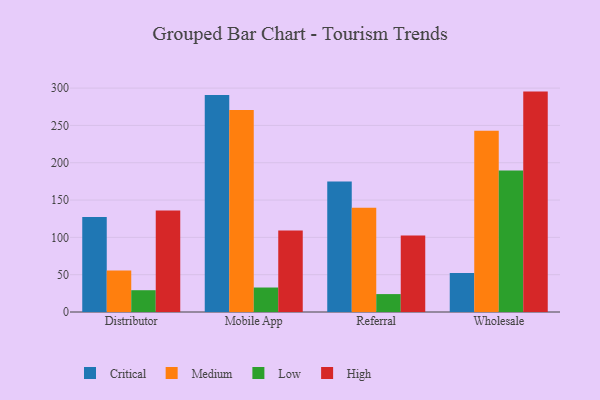
{"axis": {"x": "Channel", "y": "Backlog"}, "legend": ["Critical", "High", "Low", "Medium"], "data": [{"x": "Distributor", "y": 127.2, "type": "Critical"}, {"x": "Distributor", "y": 55.6, "type": "Medium"}, {"x": "Distributor", "y": 29.2, "type": "Low"}, {"x": "Distributor", "y": 136.1, "type": "High"}, {"x": "Mobile App", "y": 290.8, "type": "Critical"}, {"x": "Mobile App", "y": 270.5, "type": "Medium"}, {"x": "Mobile App", "y": 32.8, "type": "Low"}, {"x": "Mobile App", "y": 109.1, "type": "High"}, {"x": "Referral", "y": 174.7, "type": "Critical"}, {"x": "Referral", "y": 139.8, "type": "Medium"}, {"x": "Referral", "y": 24.0, "type": "Low"}, {"x": "Referral", "y": 102.4, "type": "High"}, {"x": "Wholesale", "y": 52.2, "type": "Critical"}, {"x": "Wholesale", "y": 242.8, "type": "Medium"}, {"x": "Wholesale", "y": 189.6, "type": "Low"}, {"x": "Wholesale", "y": 295.3, "type": "High"}]}